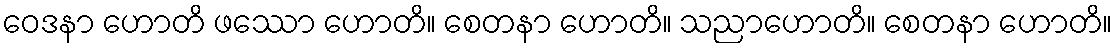
ဝေဒနာ ဟောတိ ဖဿော ဟောတိ။ စေတနာ ဟောတိ။ သညာဟောတိ။ စေတနာ ဟောတိ။